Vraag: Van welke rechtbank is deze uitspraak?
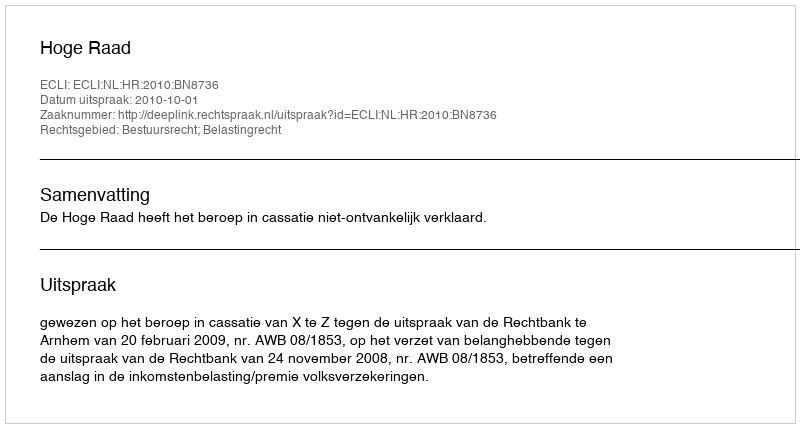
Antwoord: Hoge Raad